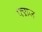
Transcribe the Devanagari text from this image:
फ्ऱाज